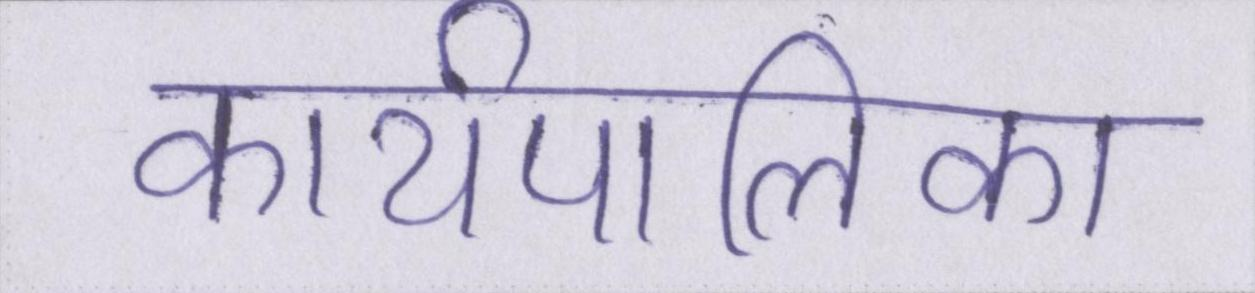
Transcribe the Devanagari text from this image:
कार्यपालिका